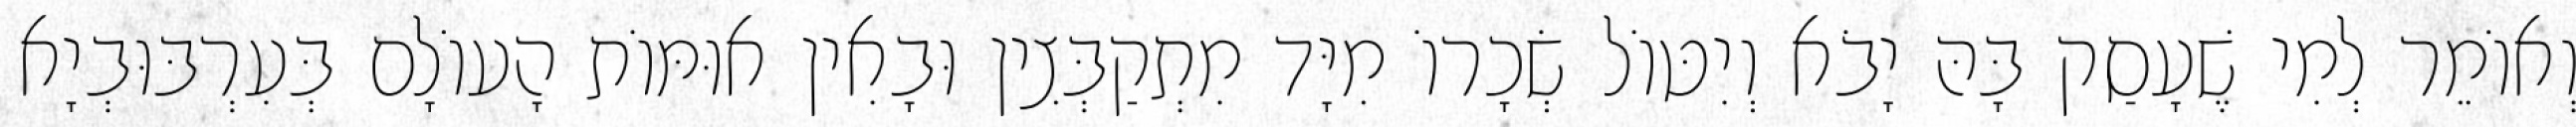
וְאוֹמֵר לְמִי שֶׁעָסַק בָּהּ יָבֹא וְיִטּוֹל שְׂכָרוֹ מִיָּד מִתְקַבְּצִין וּבָאִין אוּמּוֹת הָעוֹלָם בְּעִרְבּוּבְיָא